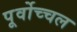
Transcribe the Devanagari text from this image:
पूर्वोच्चल